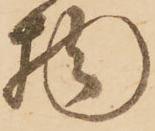
物